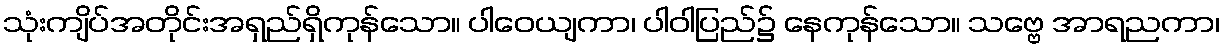
သုံးကျိပ်အတိုင်းအရှည်ရှိကုန်သော။ ပါဝေယျကာ၊ ပါဝါပြည်၌ နေကုန်သော။ သဗ္ဗေ အာရညကာ၊